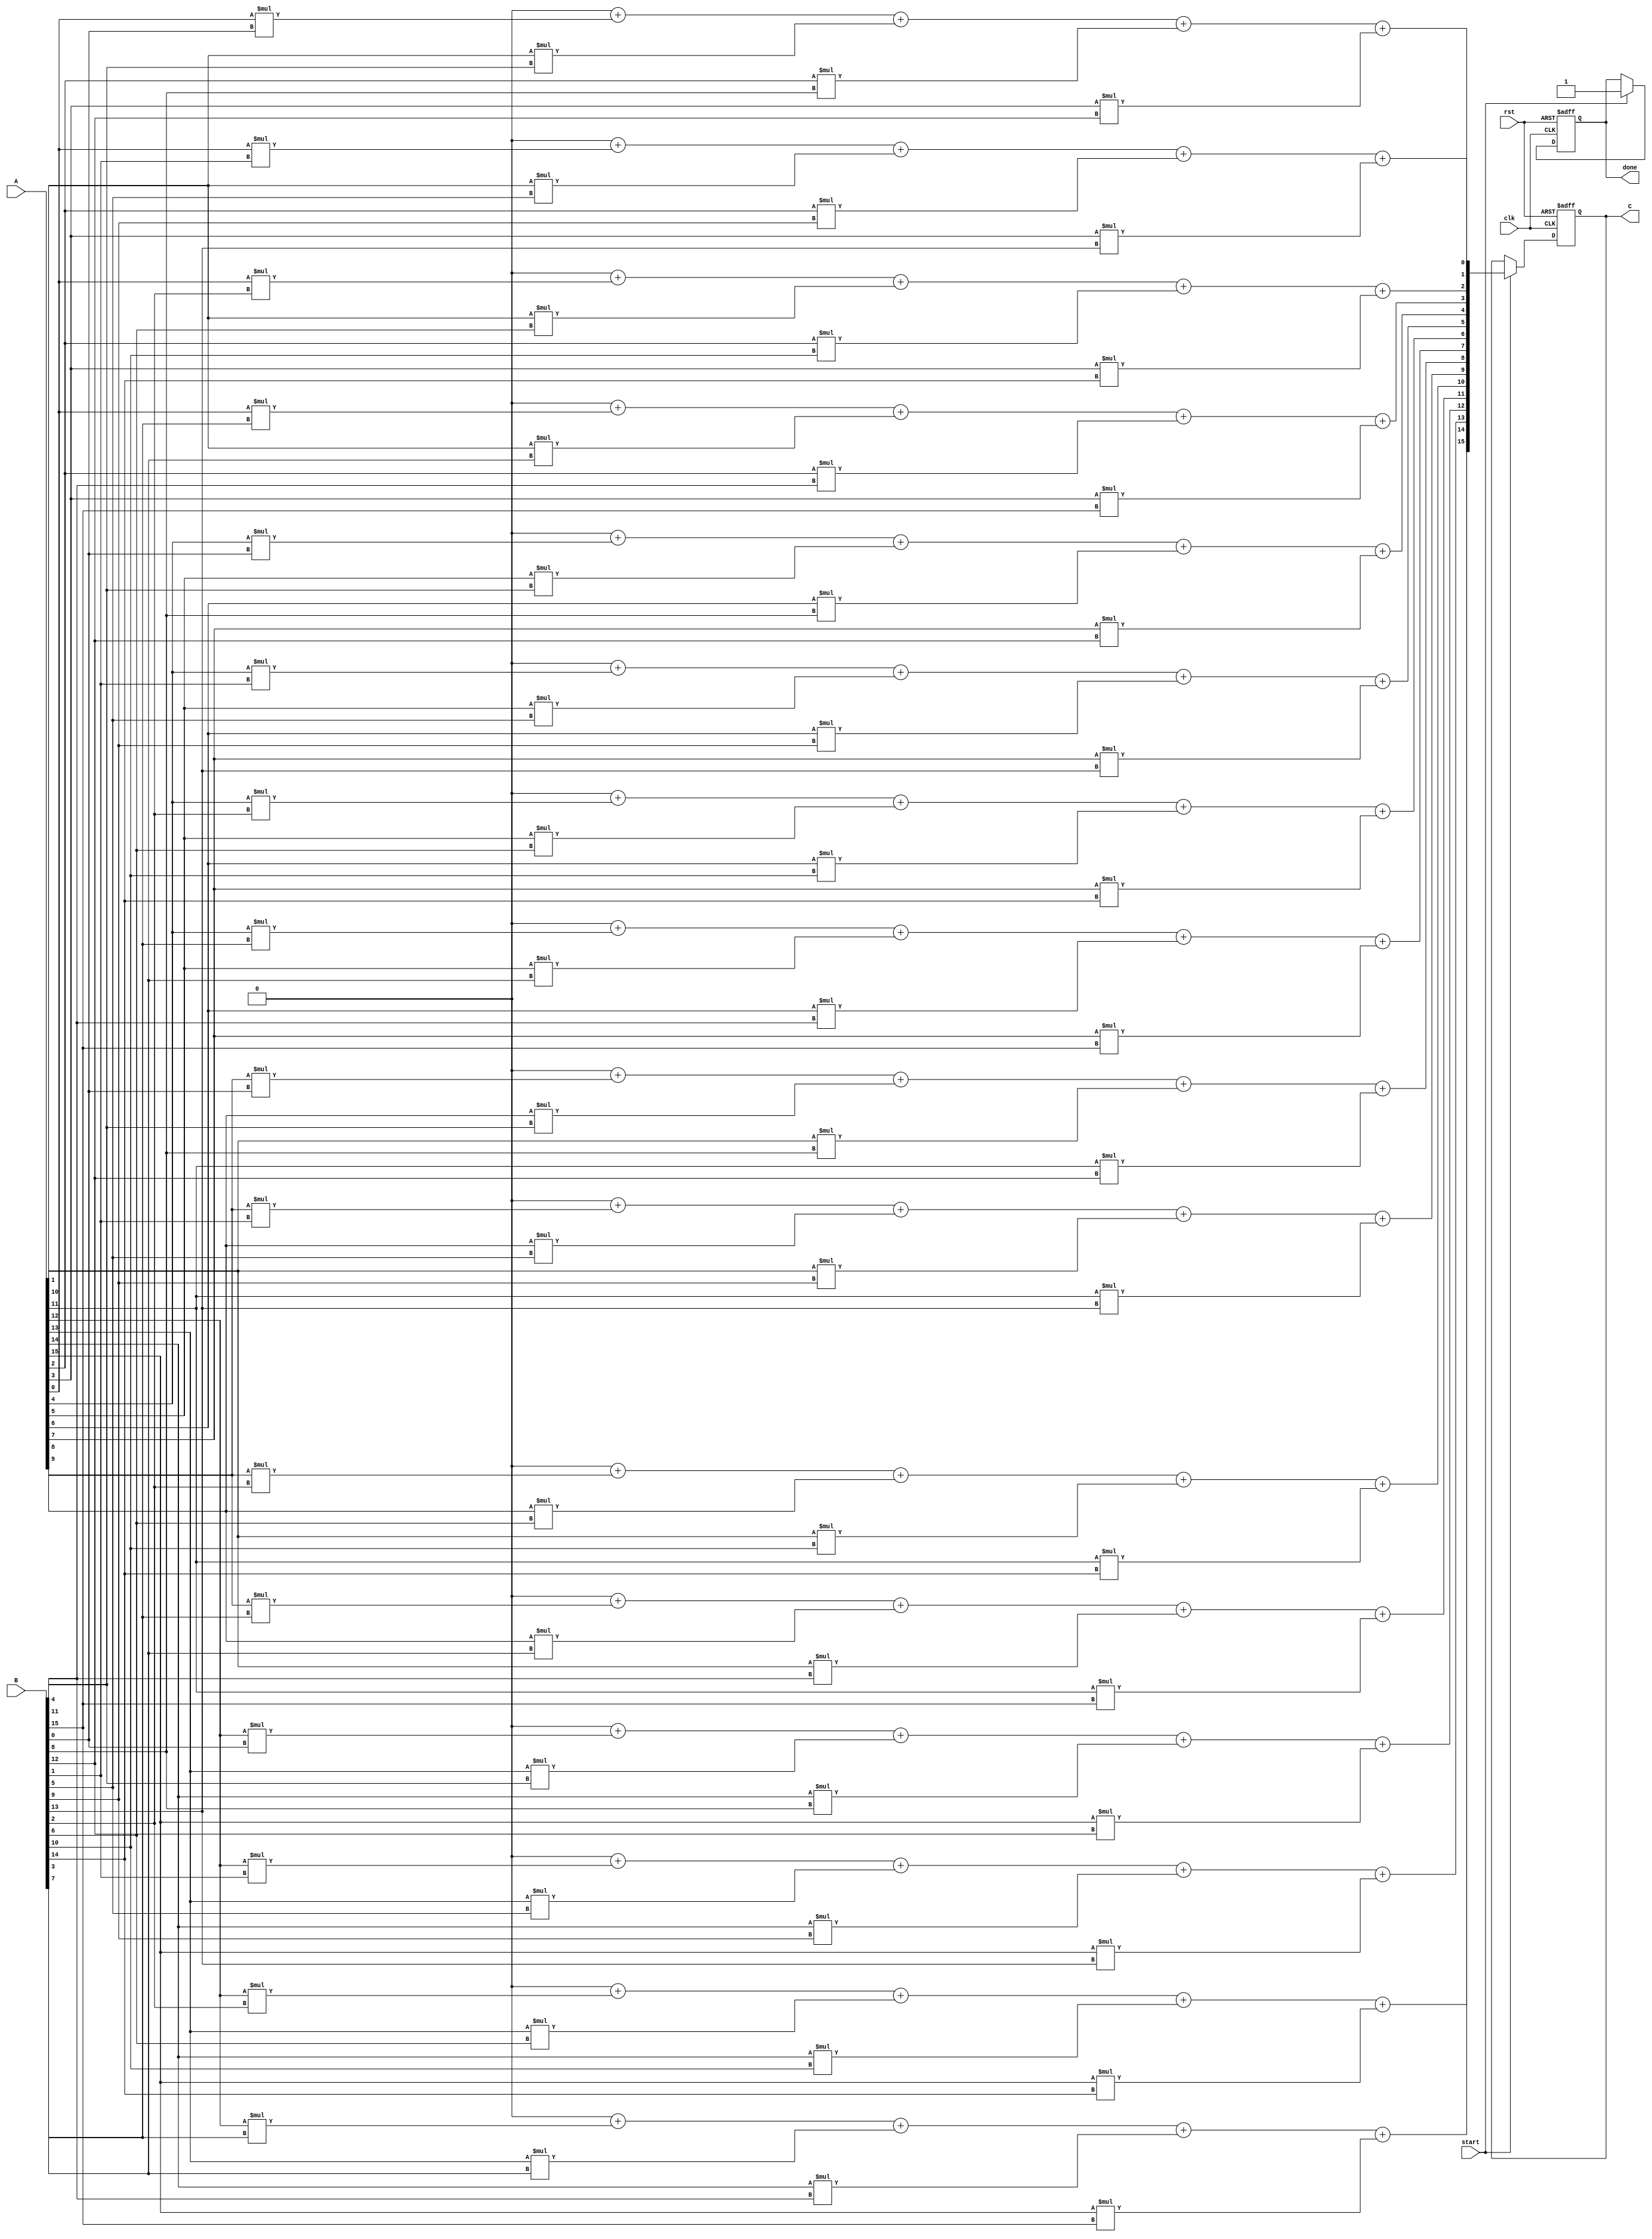
module stencil_multiplier #(
    parameter M = 4, // Rows in matrix A
    parameter K = 4, // Columns in matrix A / Rows in matrix B
    parameter N = 4  // Columns in matrix B
)(
    input wire clk,
    input wire rst,
    input wire start,
    input wire [M*K-1:0] A, // Input matrix A (M x K)
    input wire [K*N-1:0] B, // Input matrix B (K x N)
    output reg [M*N-1:0] C,  // Output matrix C (M x N)
    output reg done
);

    reg [M*N-1:0] C_temp; // Temporary storage for results
    reg [K-1:0] a_row [0:M-1]; // Row buffers for matrix A
    reg [K-1:0] b_col [0:N-1]; // Column buffers for matrix B
    reg [3:0] i, j, k; // Loop counters

    // Load matrices A and B into row/column buffers
    always @(posedge clk or posedge rst) begin
        if (rst) begin
            done <= 0;
            C <= 0;
        end else if (start) begin
            // Load matrix A into row buffers
            for (i = 0; i < M; i = i + 1) begin
                a_row[i] = A[(i*K) +: K]; // Extract row from A
            end

            // Load matrix B into column buffers
            for (j = 0; j < N; j = j + 1) begin
                for (k = 0; k < K; k = k + 1) begin
                    b_col[j][k] = B[(k*N) + j]; // Extract column from B
                end
            end

            // Initialize C_temp
            C_temp = 0;

            // Perform Stencil Multiplication
            for (i = 0; i < M; i = i + 1) begin
                for (j = 0; j < N; j = j + 1) begin
                    for (k = 0; k < K; k = k + 1) begin
                        C_temp[(i*N) + j] = C_temp[(i*N) + j] + a_row[i][k] * b_col[j][k];
                    end
                end
            end
            
            // Store the result into output C
            C <= C_temp;
            done <= 1; // Signal that computation is done
        end
    end

endmodule